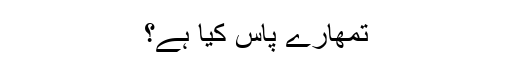
تمھارے پاس کیا ہے؟